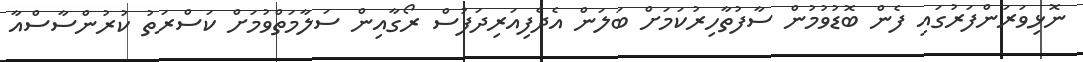
ނޮޅިވަރަންފަރުގައި ފެން ބޮޑުވުމުން ސާފުތާހިރުކަމަށް ބަލަން އެދެފިއަރިދަފުސް ރޯގާއިން ސަލާމަތްވުމަށް ކަސްރަތު ކުރުންސާސްއާ